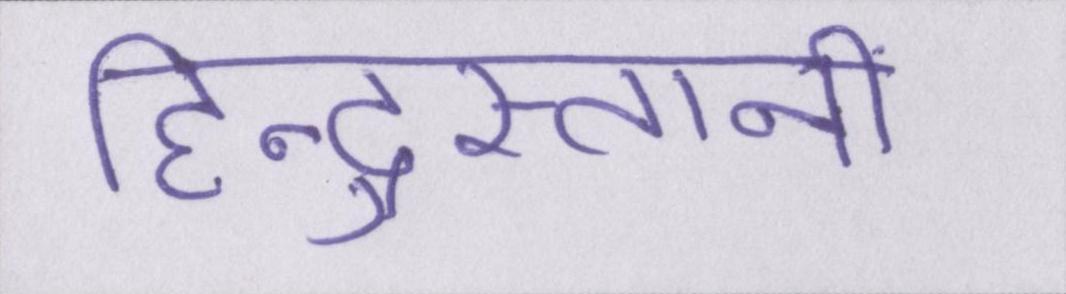
हिन्दुस्तानी